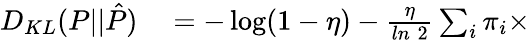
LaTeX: \begin{array}{rl}{D_{KL}(P||\hat{P})}&{{}=-\log(1-\eta)-\frac{\eta}{ln\; 2}\sum_{i}\pi_{i}\times}\end{array}